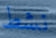
نشط